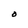
Character: O